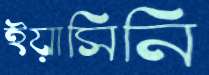
ইয়াসিনি